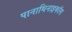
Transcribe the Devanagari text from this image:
पानाथिनाइकॉस